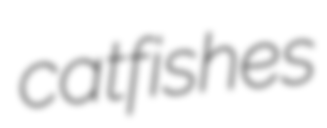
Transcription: catfishes